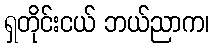
ရှတိုင်းငယ် ဘယ်ညာက၊